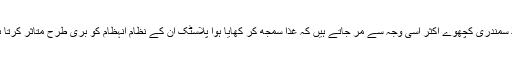
مثلاً سمندری کچھوے اکثر اسی وجہ سے مر جاتے ہیں کہ غذا سمجھ کر کھایا ہوا پلاسٹک اُن کے نظامِ انہظام کو بری طرح متاثر کرتا ہے۔